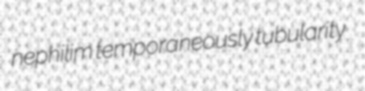
nephilim temporaneously tubularity